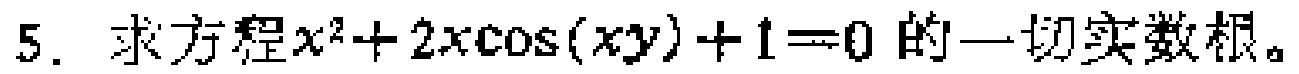
5. 求方程\(x^{2}+2x\cos(xy)+1 = 0\)的一切实数根。